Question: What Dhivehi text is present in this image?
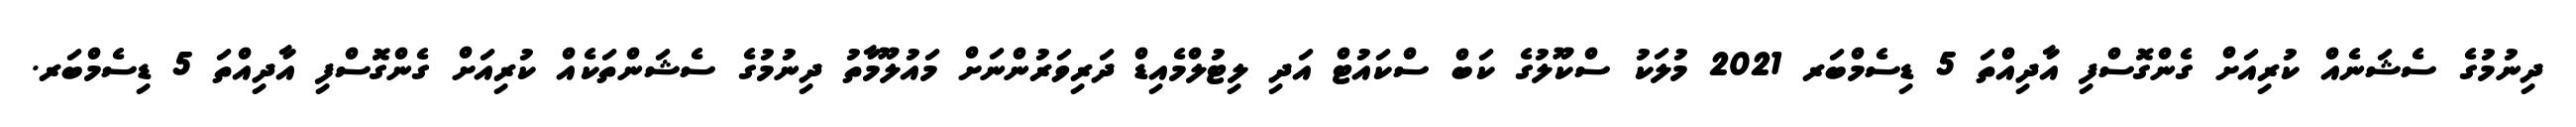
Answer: ދިނުމުގެ ސެޝަނެއް ކުރިއަށް ގެންގޮސްފި އާދިއްތަ 5 ޑިސެމްބަރ 2021 މުލަކު ސްކޫލުގެ ކަބް ސްކައުޓް އަދި ލިޓުލްމެއިޑް ދަރިވަރުންނަށް މައުލޫމާތު ދިނުމުގެ ސެޝަންތަކެއް ކުރިއަށް ގެންގޮސްފި އާދިއްތަ 5 ޑިސެމްބަރ.